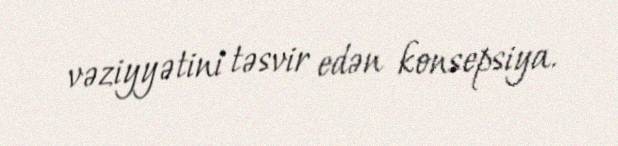
vəziyyətini təsvir edən konsepsiya.